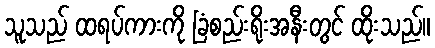
သူသည် ထရပ်ကားကို ခြံစည်းရိုးအနီးတွင် ထိုးသည်။